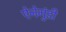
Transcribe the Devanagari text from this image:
ऐनेगुंडी